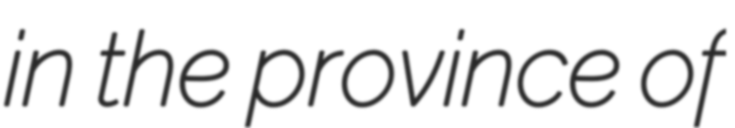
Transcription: in the province of